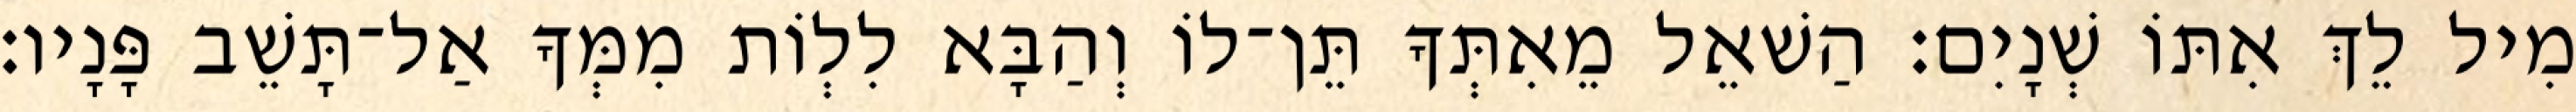
מִיל לֵךְ אִתּוֹ שְׁנָיִם׃ הַשׁאֵל מֵאִתְּךָ תֵּן־לוֹ וְהַבָּא לִלְוֹת מִמְּךָ אַל־תָּשֵׁב פָּנָיו׃